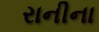
રાનીના